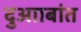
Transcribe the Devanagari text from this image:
दुआाबांत